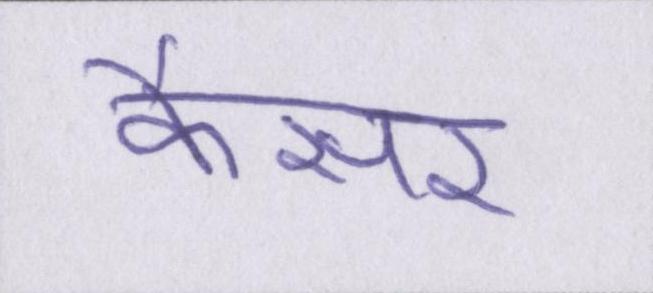
कैंसर